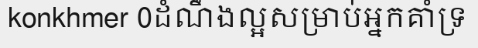
konkhmer 0ដំណឹងល្អសម្រាប់អ្នកគាំទ្រ